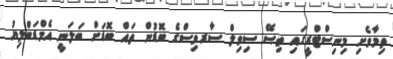
ތިމާވެށި މިނިސްޓްރީގައި ތިޞޭ ސިވިލް ސާރވިސްގެ ބޮޑުން ތައް ބޮޑަށް ބަލަނީ އެމްޑަބްލިޔު